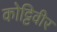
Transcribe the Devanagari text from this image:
कोट्टिवीर